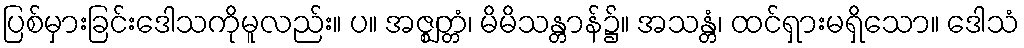
ပြစ်မှားခြင်းဒေါသကိုမူလည်း။ ပ။ အဇ္ဈတ္တံ၊ မိမိသန္တာန်၌။ အသန္တံ၊ ထင်ရှားမရှိသော။ ဒေါသံ